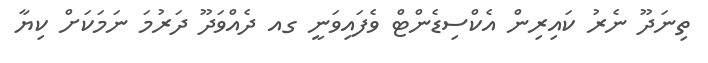
ތިނަދޫ ނެރު ކައިރިން އެކްސިޑެންޓް ވެފައިވަނީ ގއ ދެއްވަދޫ ދަރުމަ ނަމަކަށް ކިޔާ